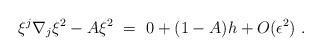
LaTeX: \begin{align*}\xi^j\nabla_j\xi^2 - A\xi^2\ =\ 0 + (1-A)h + O(\epsilon^2)\ .\end{align*}